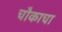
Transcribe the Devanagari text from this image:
चौकाचा